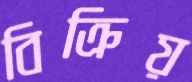
বিক্রিয়